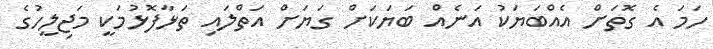
ހަމަ އެ ގޮތަށް އެއްބަޔަކު އަނެއް ބަޔަކަށް ގަޔަށް އަތްލައި ތަޅާފޮޅުމަކީ މަޖިލީހުގެ